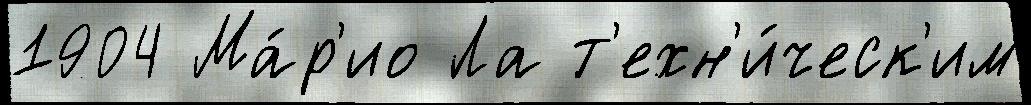
1904 Ма́р'ио Ла т'ехн'и́ческ'им